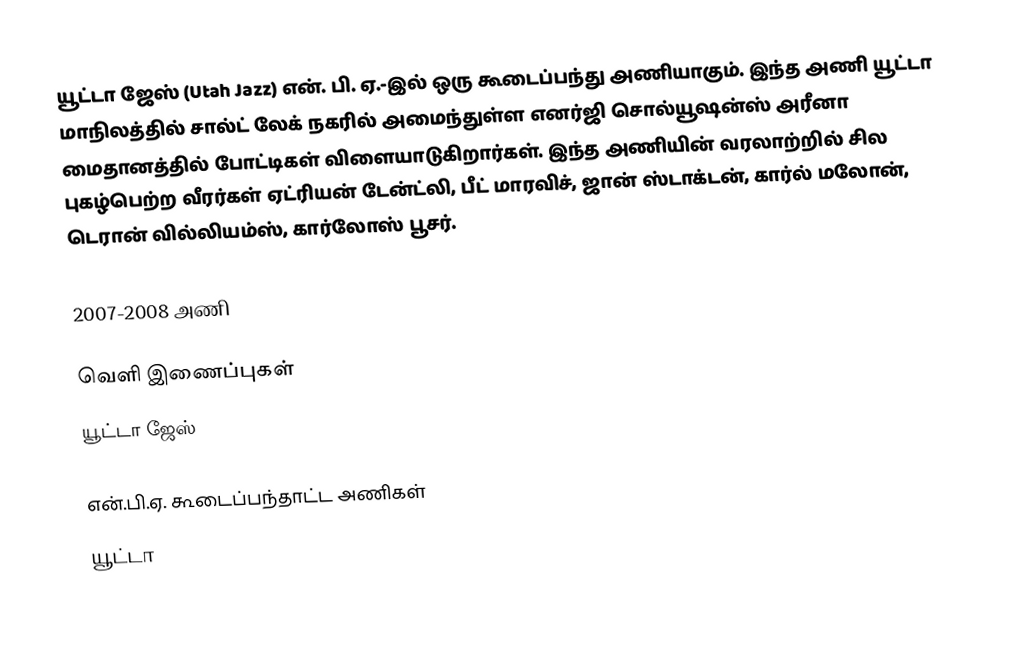
யூட்டா ஜேஸ் (Utah Jazz) என். பி. ஏ.-இல் ஒரு கூடைப்பந்து அணியாகும். இந்த அணி யூட்டா மாநிலத்தில் சால்ட் லேக் நகரில் அமைந்துள்ள  எனர்ஜி சொல்யூஷன்ஸ் அரீனா மைதானத்தில் போட்டிகள் விளையாடுகிறார்கள். இந்த அணியின் வரலாற்றில் சில புகழ்பெற்ற வீரர்கள் ஏட்ரியன் டேன்ட்லி, பீட் மாரவிச், ஜான் ஸ்டாக்டன், கார்ல் மலோன், டெரான் வில்லியம்ஸ், கார்லோஸ் பூசர்.

2007-2008 அணி

வெளி இணைப்புகள்
 யூட்டா ஜேஸ்

என்.பி.ஏ. கூடைப்பந்தாட்ட அணிகள்
யூட்டா